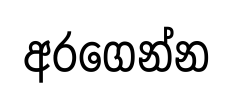
අරගෙන්න